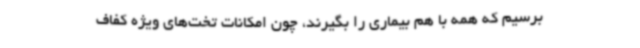
برسیم که همه با هم بیماری را بگیرند، چون امکانات تخت‌های ویژه کفاف